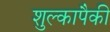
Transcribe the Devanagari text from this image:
शुल्कापैकी